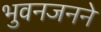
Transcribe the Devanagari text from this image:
भुवनजनने